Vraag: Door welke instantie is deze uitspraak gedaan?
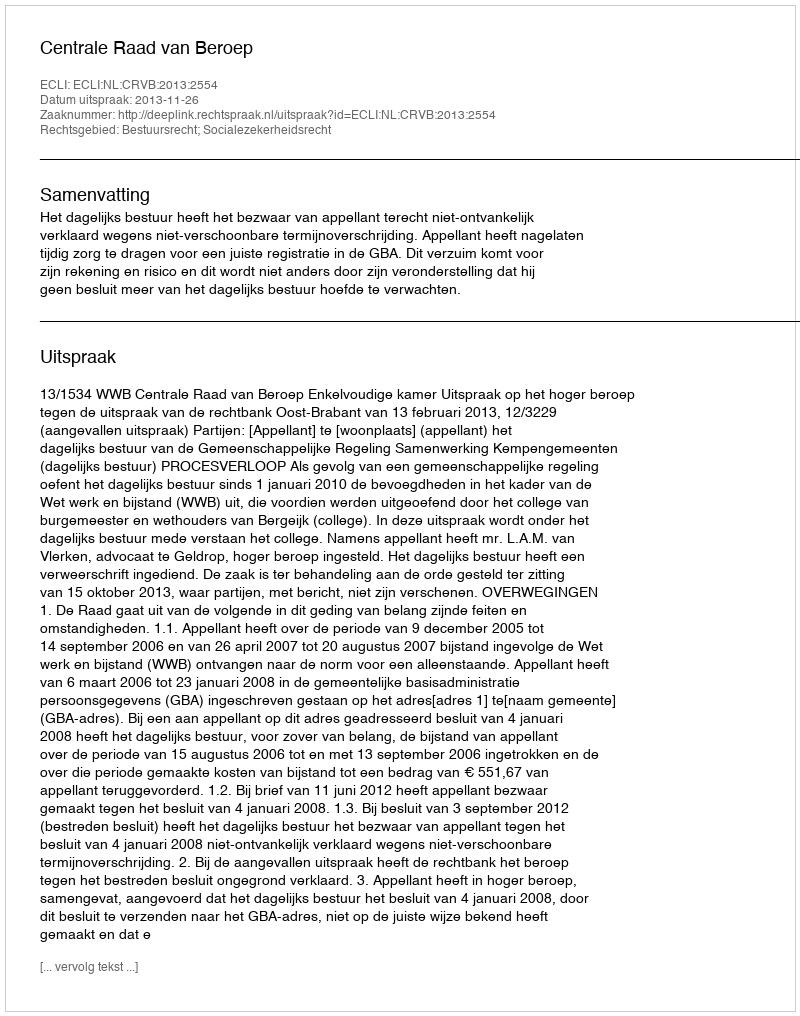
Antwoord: Centrale Raad van Beroep